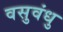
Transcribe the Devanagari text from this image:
वसुवंधु